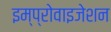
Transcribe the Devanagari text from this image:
इम्प्रोवाइजेशन